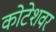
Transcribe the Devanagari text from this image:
कोटेशवर